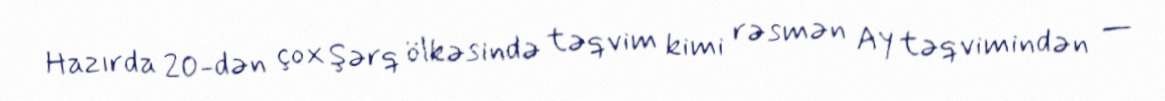
Hazırda 20-dən çox Şərq ölkəsində təqvim kimi rəsmən Ay təqvimindən —